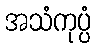
အသံကုပ္ပံ